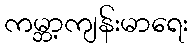
ကမ္ဘာ့ကျန်းမာရေး